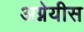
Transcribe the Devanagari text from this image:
अग्नेयीस